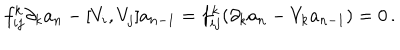
f _ { i j } ^ { k } \partial _ { k } a _ { n } - [ V _ { i } , V _ { j } ] a _ { n - 1 } = f _ { i j } ^ { k } ( \partial _ { k } a _ { n } - V _ { k } a _ { n - 1 } ) = 0 \, .